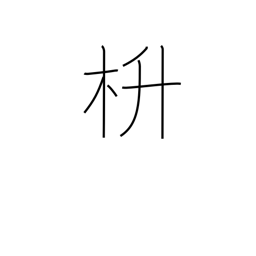
Meaning: (kokuji)